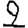
Digit: 2